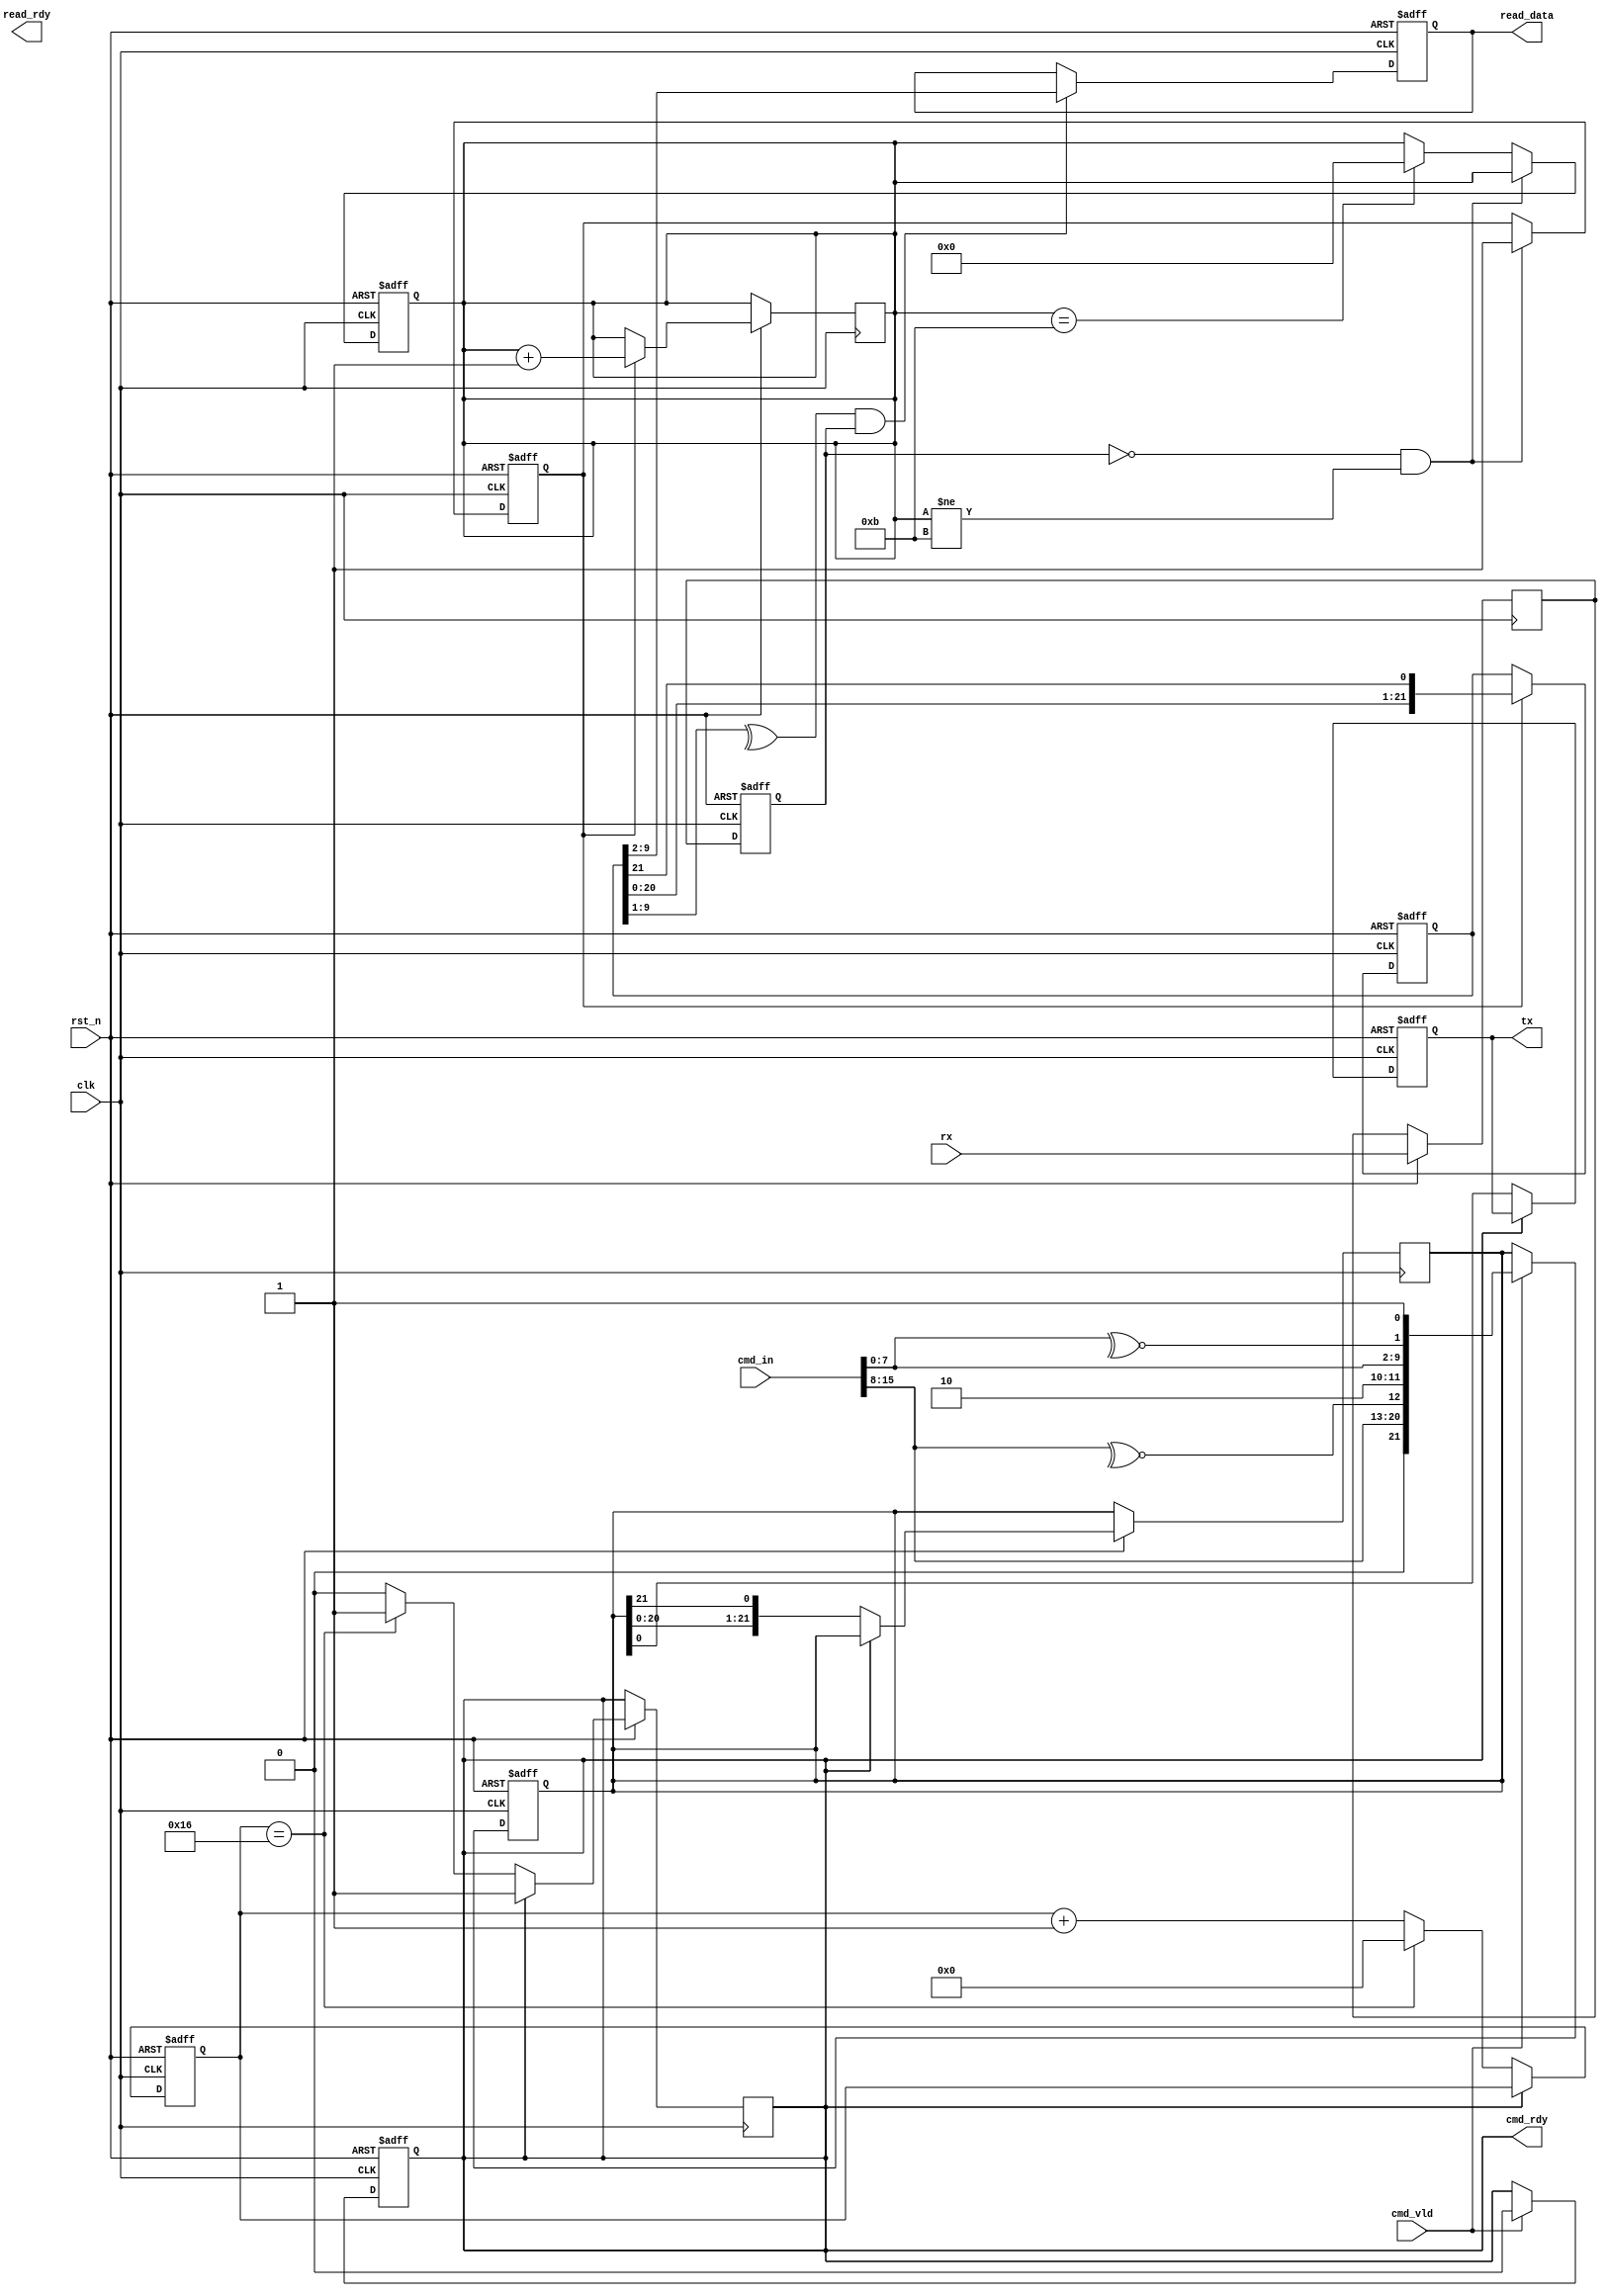
module uart (
    input clk,
    input rst_n,
    input [15:0] cmd_in,
    input cmd_vld,
    input rx,
    output reg tx,
    output reg read_rdy,
    output reg [7:0] read_data,
    output  cmd_rdy
);
    reg rx1;
    reg rx2;
    wire cb_nxt1;
    wire cb_nxt2;
    reg cb1;
    reg cb2;
    reg read_vld_temp;
    reg [21:0] tx_nxt;
    reg [21:0] rx_nxt;
    // 
    assign cb_nxt1 = ~^cmd_in[7:0];
    assign cb_nxt2 = ~^cmd_in[15:8];
    always @(posedge clk or negedge rst_n) begin
        if(!rst_n)
        begin
            cb2 <= 1'b0;
            cb1 <= 1'b0;
        end
        else 
        begin
            cb2 <= cb_nxt2;
            cb1 <= cb_nxt1;
        end
    end
  
    //
   always @(posedge clk or negedge rst_n) begin
       if(!rst_n)
            tx_nxt <= 22'b0;
        else if(cmd_vld)
            tx_nxt <= {1'b0,cmd_in[15:8],cb_nxt2,1'b1,1'b0,cmd_in[7:0],cb_nxt1,1'b1};
   end
   //
   reg [4:0] count;
   reg cmd_ready_nxt;
   assign cmd_rdy = cmd_ready_nxt;
   always @(posedge clk or negedge rst_n) begin
       if(!rst_n)
        cmd_ready_nxt <= 1'b1;
        else if(cmd_vld)
        cmd_ready_nxt <= 1'b0;
   end

   always @(posedge clk or negedge rst_n) begin
       if(!rst_n)
        count <= 4'b0;
       else if(!cmd_rdy)
            begin
                if(count == 22)
                begin
                    cmd_ready_nxt <= 1'b1;
                    count <= 4'b0;
                end
             else
            count <= count + 1'b1;
        end
    end
    
   always @(posedge clk or negedge rst_n) begin
      if(!rst_n)
            tx <= 1'b1;
      else if(!cmd_rdy)
            begin
            tx_nxt <= {tx_nxt[20:0],tx_nxt[21]};
            tx <= tx_nxt;
            end
   end

//
   always @(posedge clk or negedge rst_n) begin
        if(!rst_n)
            rx2 <= 1'b1;
        else 
            begin
            rx1 <= rx;
            rx2 <= rx1;
            end
   end
reg rx_temp;
reg [3:0] rx_count;
   always @(posedge clk or negedge rst_n ) begin
        if(!rst_n)
        begin
            rx_temp <= 1'b0;
            rx_count <= 4'b0;
        end
        else if(!rx2 && (rx_count != 11))
            begin
            rx_temp <= 1'b1;
            end
        else if(rx_count ==11)
            rx_count <= 4'b0;
    end
    always @(posedge clk or negedge rst_n) begin
        if(!rst_n)
            rx_nxt <= 22'b0;
        else if(rx_temp)
            begin
            rx_count <= rx_count+1;
            rx_nxt[21] <= rx2;
            rx_nxt <= {rx_nxt[20:0],rx_nxt[21]};
            end     
    end
    wire rbx1;
    wire rbx2;
    assign rbx1 = ^rx_nxt[20:12];
    assign rbx2 = ^rx_nxt[9:1];
    always @(posedge clk or negedge rst_n) begin
       if(!rst_n)
            read_data <= 8'b0;
        else if(rbx2 && rx2)
            read_data <= rx_nxt[9:2];  
    end
endmodule